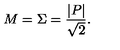
M = \Sigma = \frac { | P | } { \sqrt { 2 } } .